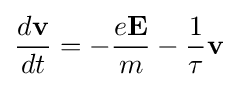
{\frac {d\mathbf {v} }{dt}}=-{\frac {e\mathbf {E} }{m}}-{\frac {1}{\tau }}\mathbf {v}